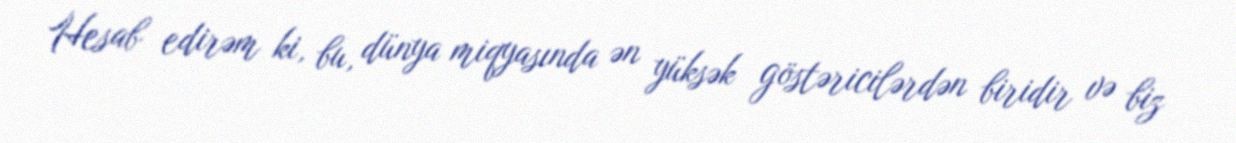
Hesab edirəm ki, bu, dünya miqyasında ən yüksək göstəricilərdən biridir və biz